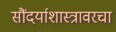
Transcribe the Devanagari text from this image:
सौंदर्याशास्त्रावरचा